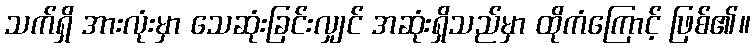
သက်ရှိ အားလုံးမှာ သေဆုံးခြင်းလျှင် အဆုံးရှိသည်မှာ ထိုကံကြောင့် ဖြစ်၏။